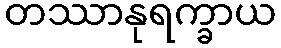
တဿာနုရက္ခာယ